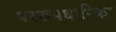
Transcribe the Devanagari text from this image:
पररूपधारिका